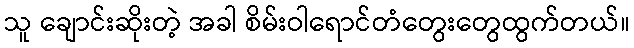
သူ ချောင်းဆိုးတဲ့ အခါ စိမ်းဝါရောင်တံတွေးတွေထွက်တယ်။